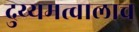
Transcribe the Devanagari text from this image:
दुय्यमत्वालाच